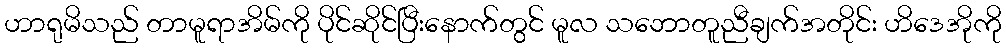
ဟာရုမိသည် တာမူရာအိမ်ကို ပိုင်ဆိုင်ပြီးနောက်တွင် မူလ သဘောတူညီချက်အတိုင်း ဟိဒေအိုကို